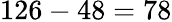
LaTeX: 126-48=78